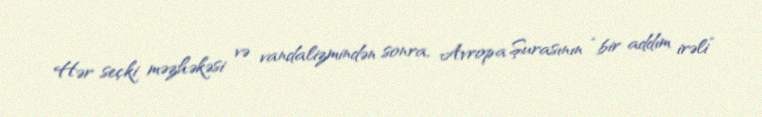
Hər seçki məzhəkəsi və vandalizmindən sonra, Avropa Şurasının “bir addım irəli”